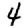
Digit: 4